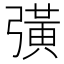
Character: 彉